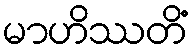
မာဟိဿတိံ